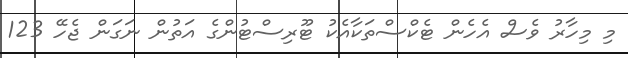
މި މިހާރު ވެސް އެހެން ޓެކްސްތަކާއެކު ޓޫރިސްޓުންގެ އަތުން ނަގަން ޖެހޭ 123